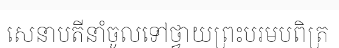
សេនាបតីនាំចូលទៅថ្វាយព្រះបរមបពិត្រ